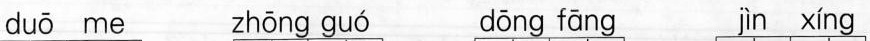
duō me zhōng guá dōng fāng jìn xíng